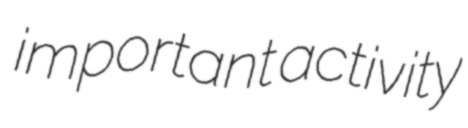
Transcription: important activity